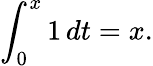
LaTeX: \int_{0}^{x}1\, dt=x.